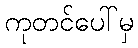
ကုတင်ပေါ်မှ